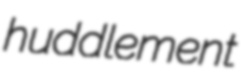
huddlement